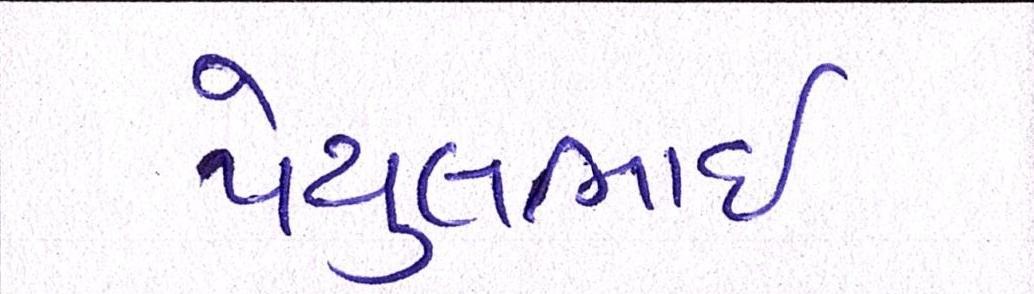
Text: પેયુલભાઈ